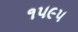
૧૫૯૫